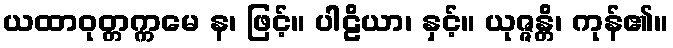
ယထာဝုတ္တက္ကမေ န၊ ဖြင့်။ ပါဠိယာ၊ နှင့်။ ယုဇ္ဇန္တိ၊ ကုန်၏။